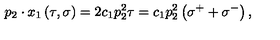
p _ { 2 } \cdot x _ { 1 } \left( \tau , \sigma \right) = 2 c _ { 1 } p _ { 2 } ^ { 2 } \tau = c _ { 1 } p _ { 2 } ^ { 2 } \left( \sigma ^ { + } + \sigma ^ { - } \right) ,